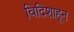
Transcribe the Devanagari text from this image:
विदिशाहून